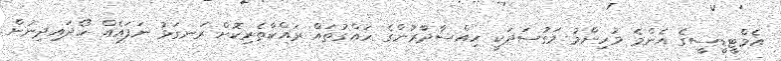
އެމްޓީޑީސީގެ އެންމެ މުހިންމު މަގުސަދަކީ ހިއްސާދާރުންގެ ހައްގުތައް ރައްކާތެރިކޮށް ރަނގަޅު ނަފައެއް ހޯދައިދިނުން